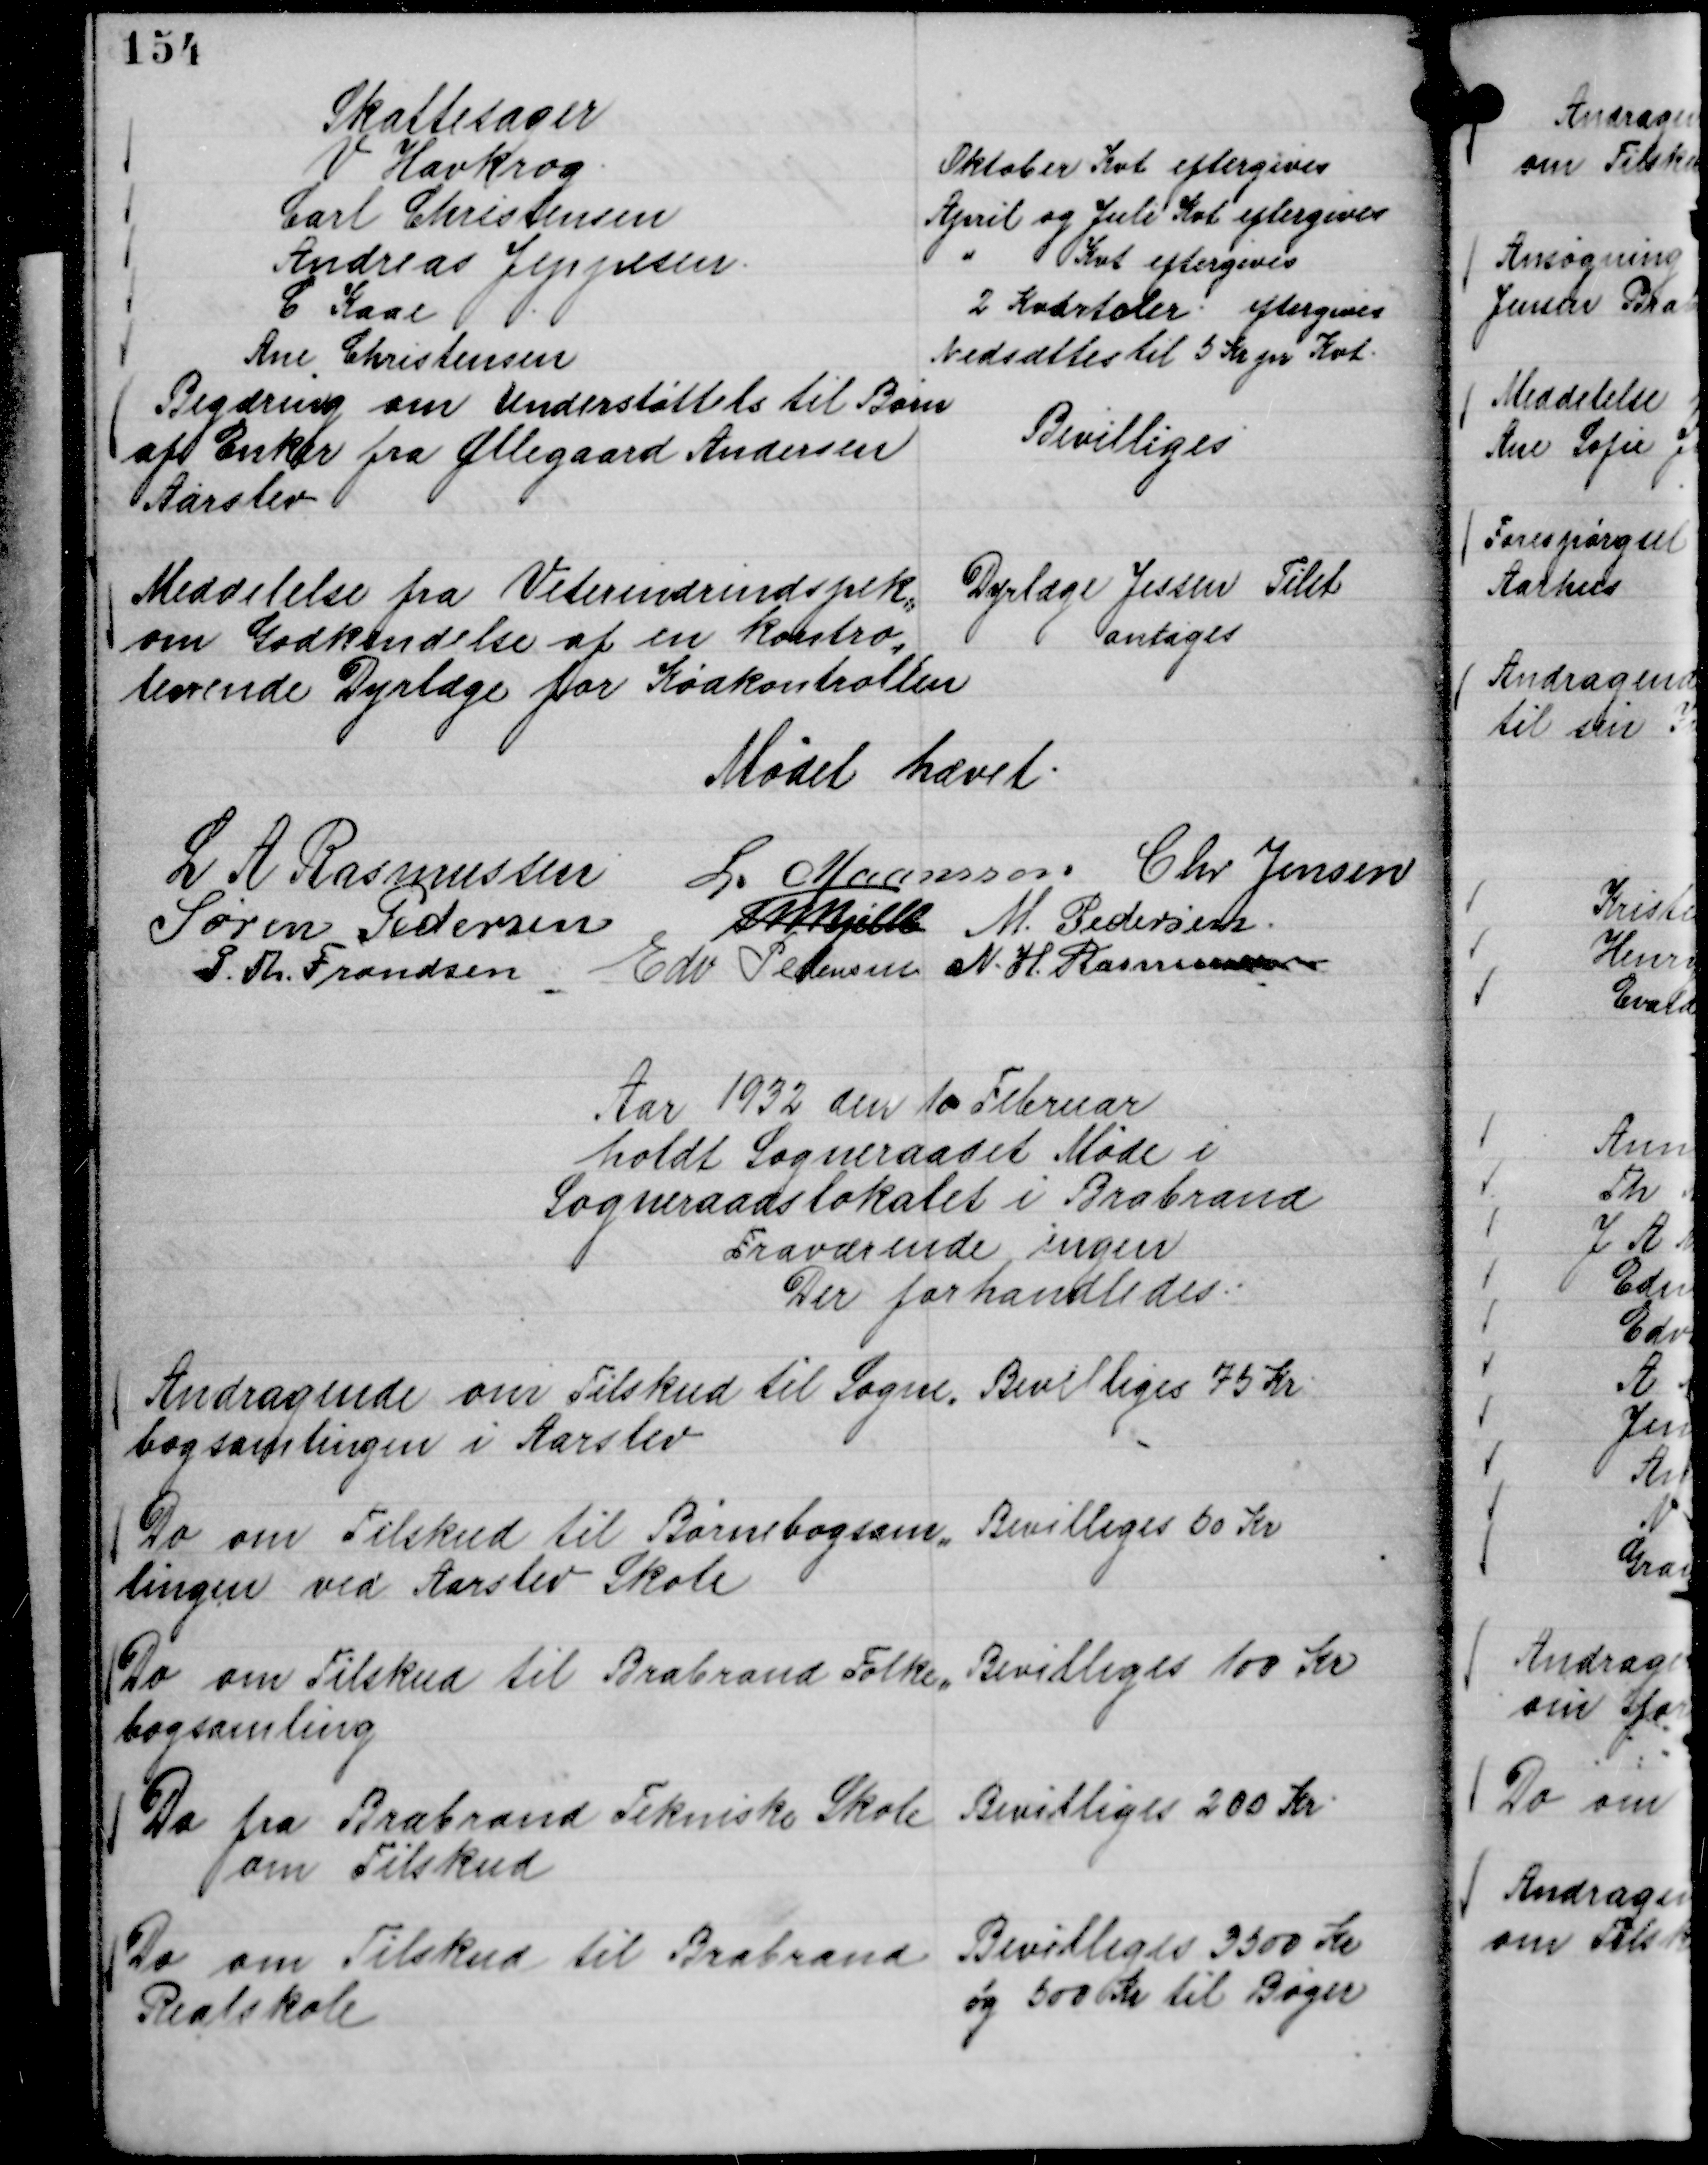
Transskription:
Skattesager
V Havkrog.
Oktober Kvt eftergives
Carl Christensen
April og Juli Kvt eftergives
Andreas Jeppesen.
" Kvt eftergives
C Kaae
2 Kvartaler eftergives
Ane Christensen
Nedsættes til 5 Kr pr Kvt.

Begæring om Understøttels til Børn
af Enker fra Øllegaard Andersen
Aarslev

Bevilliges

Meddelelse fra Veterinærindspek,,
om Godkendelse af en kontro,,
lerende Dyrlæge for Kødkontrollen

Dyrlæge Jessen Tilst
antages

Mødet hævet.
L A Rasmussen
L. Maansson
Chr Jensen
Søren Pedersen
Th Bjelke
M. Pedersen
P. Th. Frandsen
Edv Pedersen
N. H. Rasmussen

Aar 1932 den 10 Februar
holdt Sogneraadet Møde i
Sogneraadslokalet i Brabrand
Fraværende ingen
Der forhandledes.

Andragende om Tilskud til Sogne,,
bogsamlingen i Aarslev

Bevilliges 75 Kr.

Do om Tilskud til Børnebogsam,,
lingen ved Aarslev Skole

Bevilliges 50 Kr

Do om Tilskud til Brabrand Folke,,
bogsamling

Bevilliges 100 Kr

Do fra Brabrand Tekniske Skole
om Tilskud

Bevilliges 200 Kr.

Do om Tilskud til Brabrand
Realskole

Bevilliges 3500 Kr
og 500 Kr til Bøger